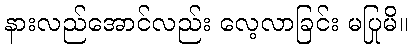
နားလည်အောင်လည်း လေ့လာခြင်း မပြုမိ။